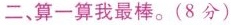
二、算一算我最棒。(8分)